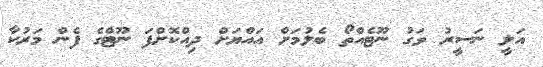
އަލީ ނަސީރު ވަގު ނޫޓެއްތޯ ބެލުމަށް އައްޔަށް ދިއްކޮށްފަ ނޫޓްގެ ފެން މަރުކާ